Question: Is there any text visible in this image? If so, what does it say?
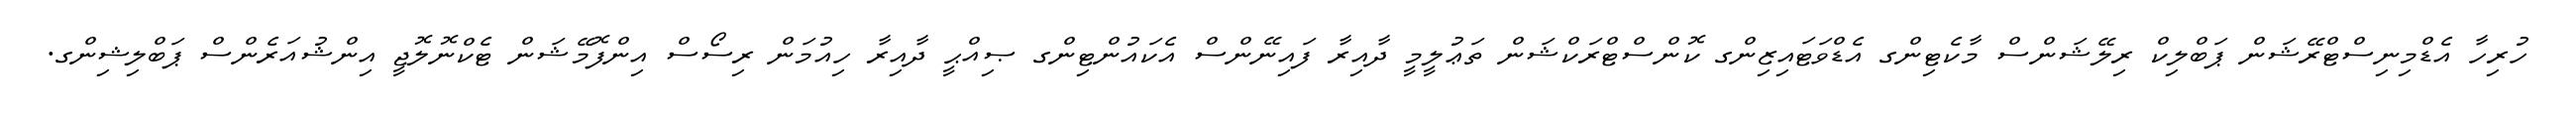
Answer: ހުރިހާ އެޑްމިނިސްޓްރޭޝަން ޕަބްލިކް ރިލޭޝަންސް މާކެޓިންގ އެޑްވަޓައިޒިންގ ކޮންސްޓްރަކްޝަން ތަޢުލީމީ ދާއިރާ ފައިނޭންސް އެކައުންޓިންގ ޞިއްޙީ ދާއިރާ ހިއުމަން ރިސޯސް އިންފޮމޭޝަން ޓެކްނޮލޮޖީ އިންޝުއަރެންސް ޕަބްލިޝިންގ.